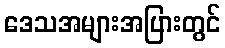
ဒေသအများအပြားတွင်